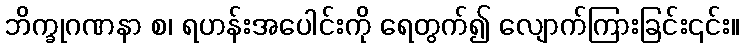
ဘိက္ခုဂဏနာ စ၊ ရဟန်းအပေါင်းကို ရေတွက်၍ လျောက်ကြားခြင်း၎င်း။